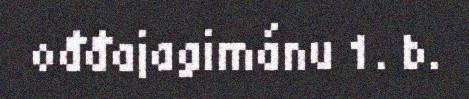
ođđajagimánu 1. b.